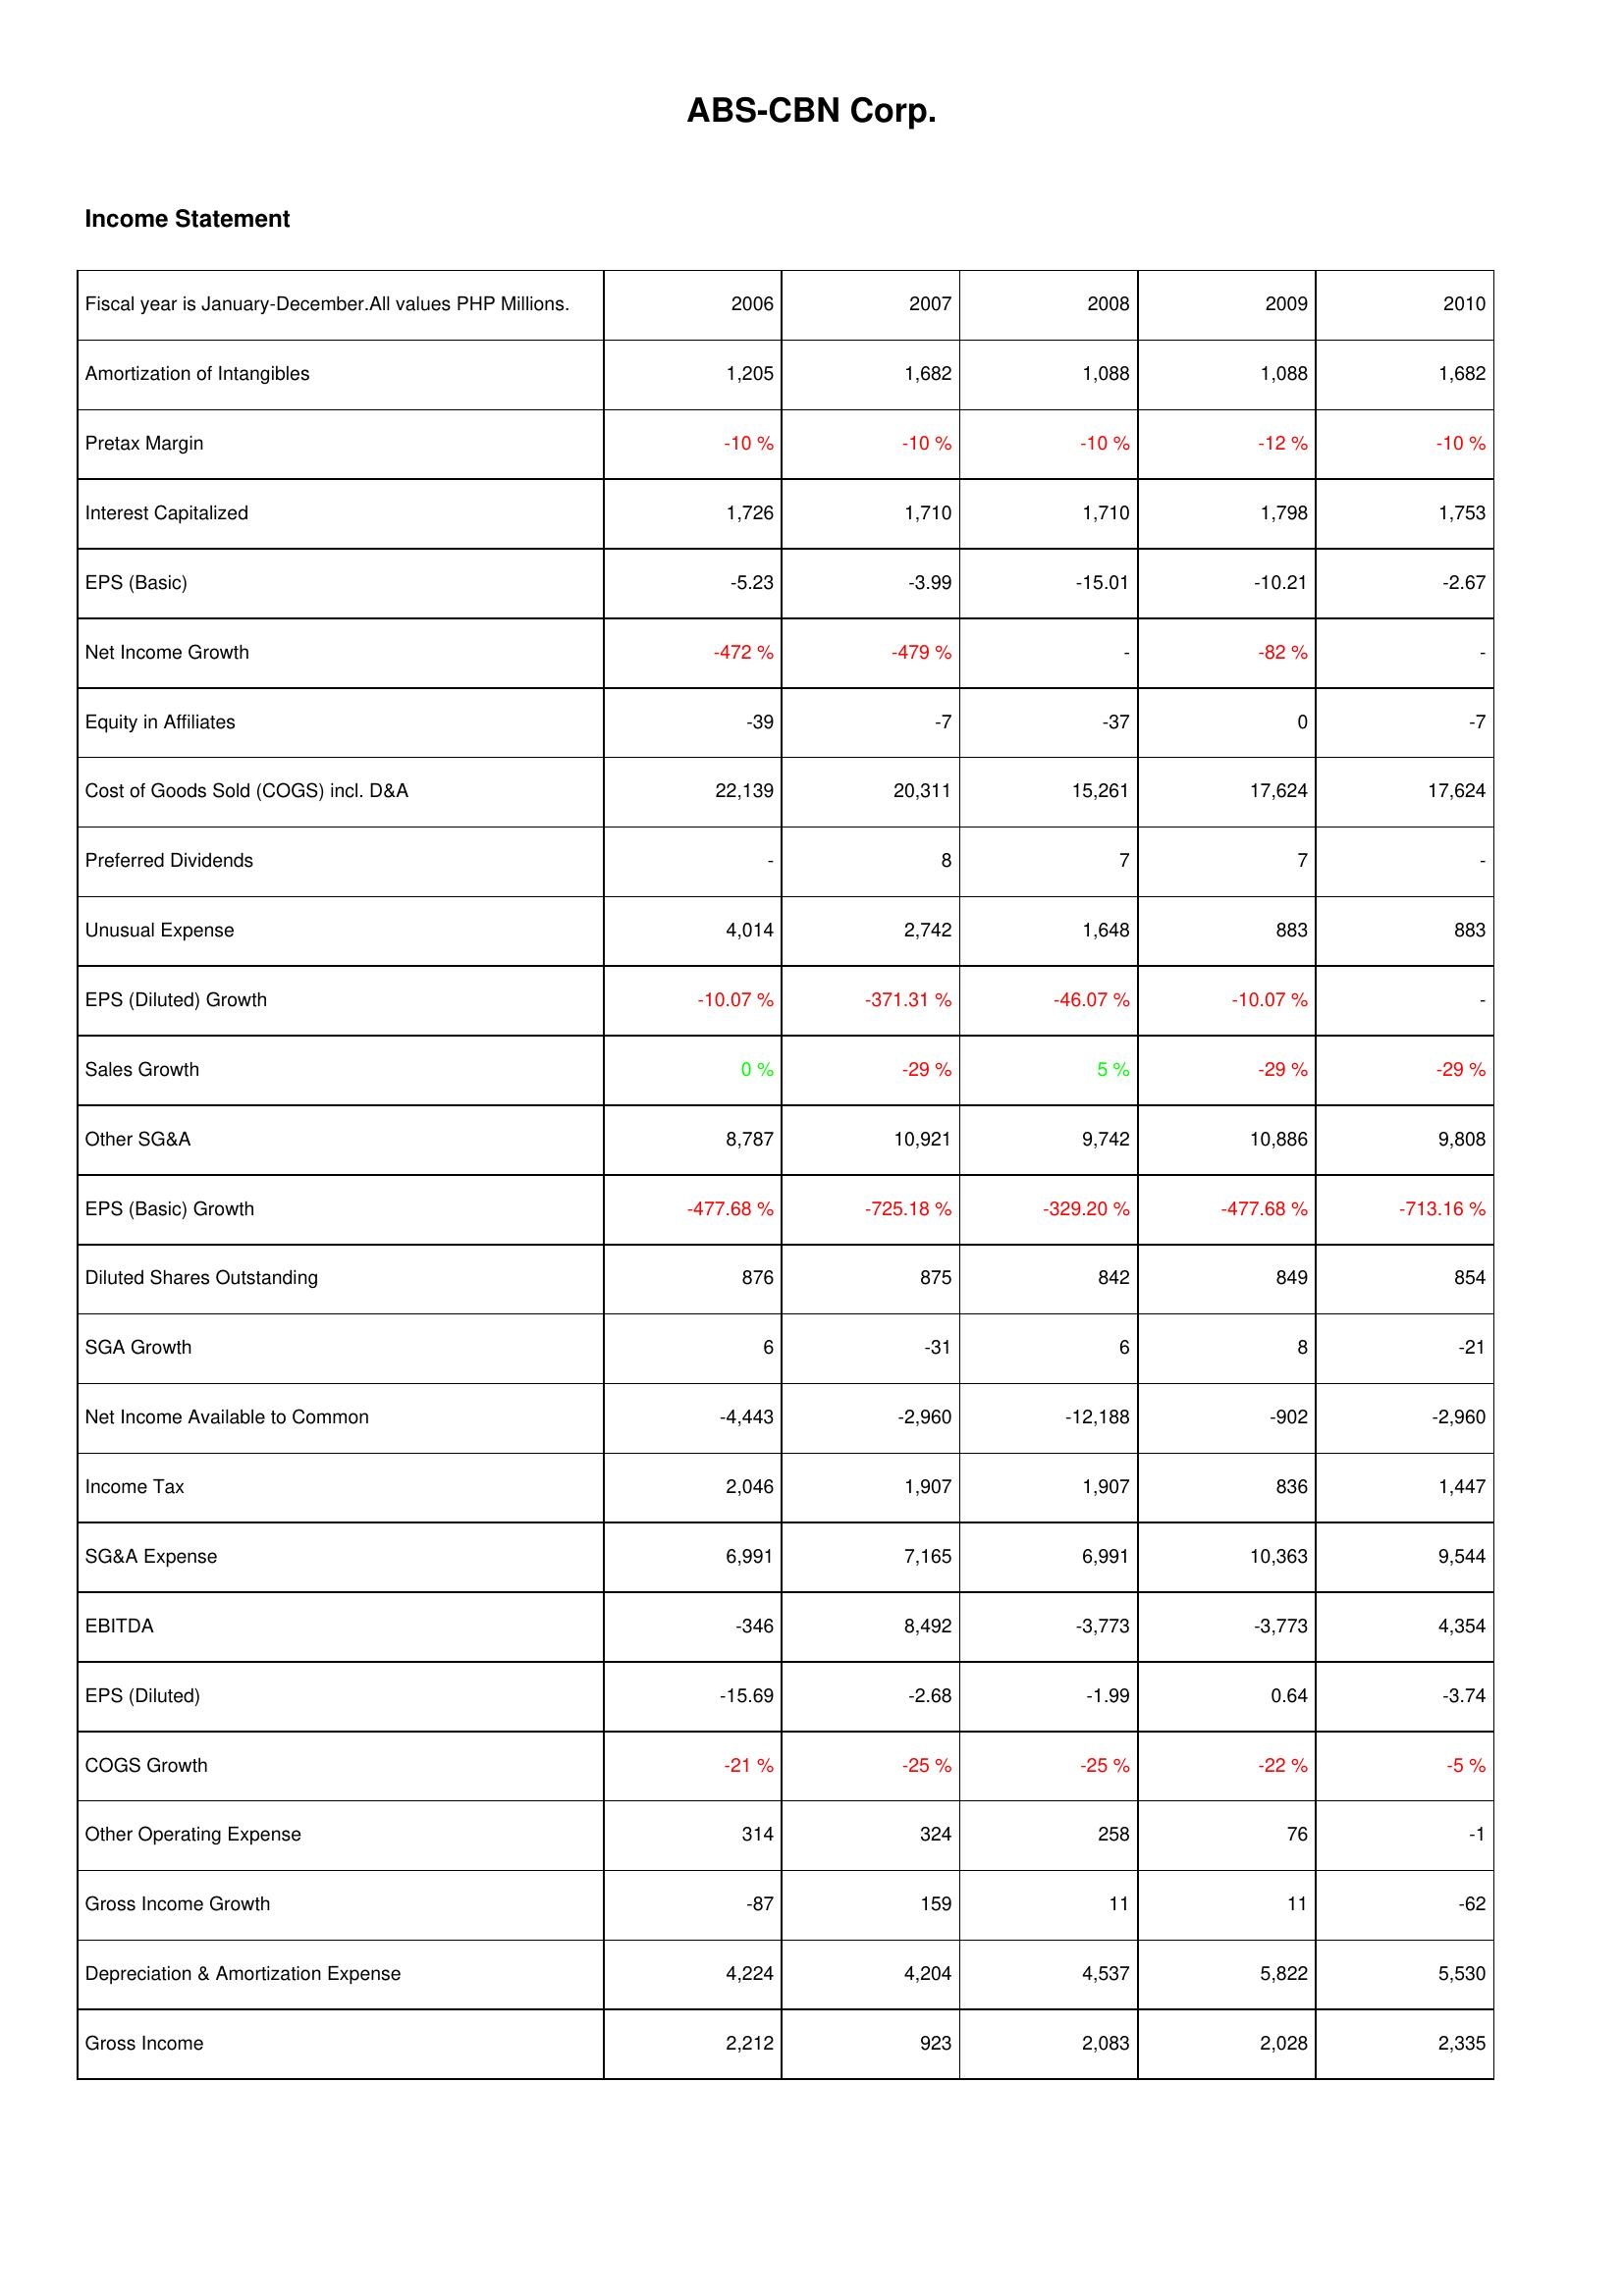
2006: Income Statement: Amortization of Intangibles: 1,205
Pretax Margin: -10 %
Interest Capitalized: 1,726
EPS (Basic): -5.23
Net Income Growth: -472 %
Equity in Affiliates: -39
Cost of Goods Sold (COGS) incl. D&A: 22,139
Preferred Dividends: -
Unusual Expense: 4,014
EPS (Diluted) Growth: -10.07 %
Sales Growth: 0 %
Other SG&A: 8,787
EPS (Basic) Growth: -477.68 %
Diluted Shares Outstanding: 876
SGA Growth: 6
Net Income Available to Common: -4,443
Income Tax: 2,046
SG&A Expense: 6,991
EBITDA: -346
EPS (Diluted): -15.69
COGS Growth: -21 %
Other Operating Expense: 314
Gross Income Growth: -87
Depreciation & Amortization Expense: 4,224
Gross Income: 2,212
2007: Income Statement: Amortization of Intangibles: 1,682
Pretax Margin: -10 %
Interest Capitalized: 1,710
EPS (Basic): -3.99
Net Income Growth: -479 %
Equity in Affiliates: -7
Cost of Goods Sold (COGS) incl. D&A: 20,311
Preferred Dividends: 8
Unusual Expense: 2,742
EPS (Diluted) Growth: -371.31 %
Sales Growth: -29 %
Other SG&A: 10,921
EPS (Basic) Growth: -725.18 %
Diluted Shares Outstanding: 875
SGA Growth: -31
Net Income Available to Common: -2,960
Income Tax: 1,907
SG&A Expense: 7,165
EBITDA: 8,492
EPS (Diluted): -2.68
COGS Growth: -25 %
Other Operating Expense: 324
Gross Income Growth: 159
Depreciation & Amortization Expense: 4,204
Gross Income: 923
2008: Income Statement: Amortization of Intangibles: 1,088
Pretax Margin: -10 %
Interest Capitalized: 1,710
EPS (Basic): -15.01
Net Income Growth: -
Equity in Affiliates: -37
Cost of Goods Sold (COGS) incl. D&A: 15,261
Preferred Dividends: 7
Unusual Expense: 1,648
EPS (Diluted) Growth: -46.07 %
Sales Growth: 5 %
Other SG&A: 9,742
EPS (Basic) Growth: -329.20 %
Diluted Shares Outstanding: 842
SGA Growth: 6
Net Income Available to Common: -12,188
Income Tax: 1,907
SG&A Expense: 6,991
EBITDA: -3,773
EPS (Diluted): -1.99
COGS Growth: -25 %
Other Operating Expense: 258
Gross Income Growth: 11
Depreciation & Amortization Expense: 4,537
Gross Income: 2,083
2009: Income Statement: Amortization of Intangibles: 1,088
Pretax Margin: -12 %
Interest Capitalized: 1,798
EPS (Basic): -10.21
Net Income Growth: -82 %
Equity in Affiliates: 0
Cost of Goods Sold (COGS) incl. D&A: 17,624
Preferred Dividends: 7
Unusual Expense: 883
EPS (Diluted) Growth: -10.07 %
Sales Growth: -29 %
Other SG&A: 10,886
EPS (Basic) Growth: -477.68 %
Diluted Shares Outstanding: 849
SGA Growth: 8
Net Income Available to Common: -902
Income Tax: 836
SG&A Expense: 10,363
EBITDA: -3,773
EPS (Diluted): 0.64
COGS Growth: -22 %
Other Operating Expense: 76
Gross Income Growth: 11
Depreciation & Amortization Expense: 5,822
Gross Income: 2,028
2010: Income Statement: Amortization of Intangibles: 1,682
Pretax Margin: -10 %
Interest Capitalized: 1,753
EPS (Basic): -2.67
Net Income Growth: -
Equity in Affiliates: -7
Cost of Goods Sold (COGS) incl. D&A: 17,624
Preferred Dividends: -
Unusual Expense: 883
EPS (Diluted) Growth: -
Sales Growth: -29 %
Other SG&A: 9,808
EPS (Basic) Growth: -713.16 %
Diluted Shares Outstanding: 854
SGA Growth: -21
Net Income Available to Common: -2,960
Income Tax: 1,447
SG&A Expense: 9,544
EBITDA: 4,354
EPS (Diluted): -3.74
COGS Growth: -5 %
Other Operating Expense: -1
Gross Income Growth: -62
Depreciation & Amortization Expense: 5,530
Gross Income: 2,335